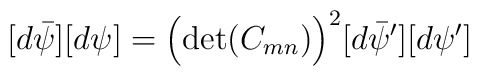
[d\bar\psi][d\psi]=\Bigl(\det(C_{mn})\Bigr)^2[d\bar\psi^\prime][d\psi^\prime]